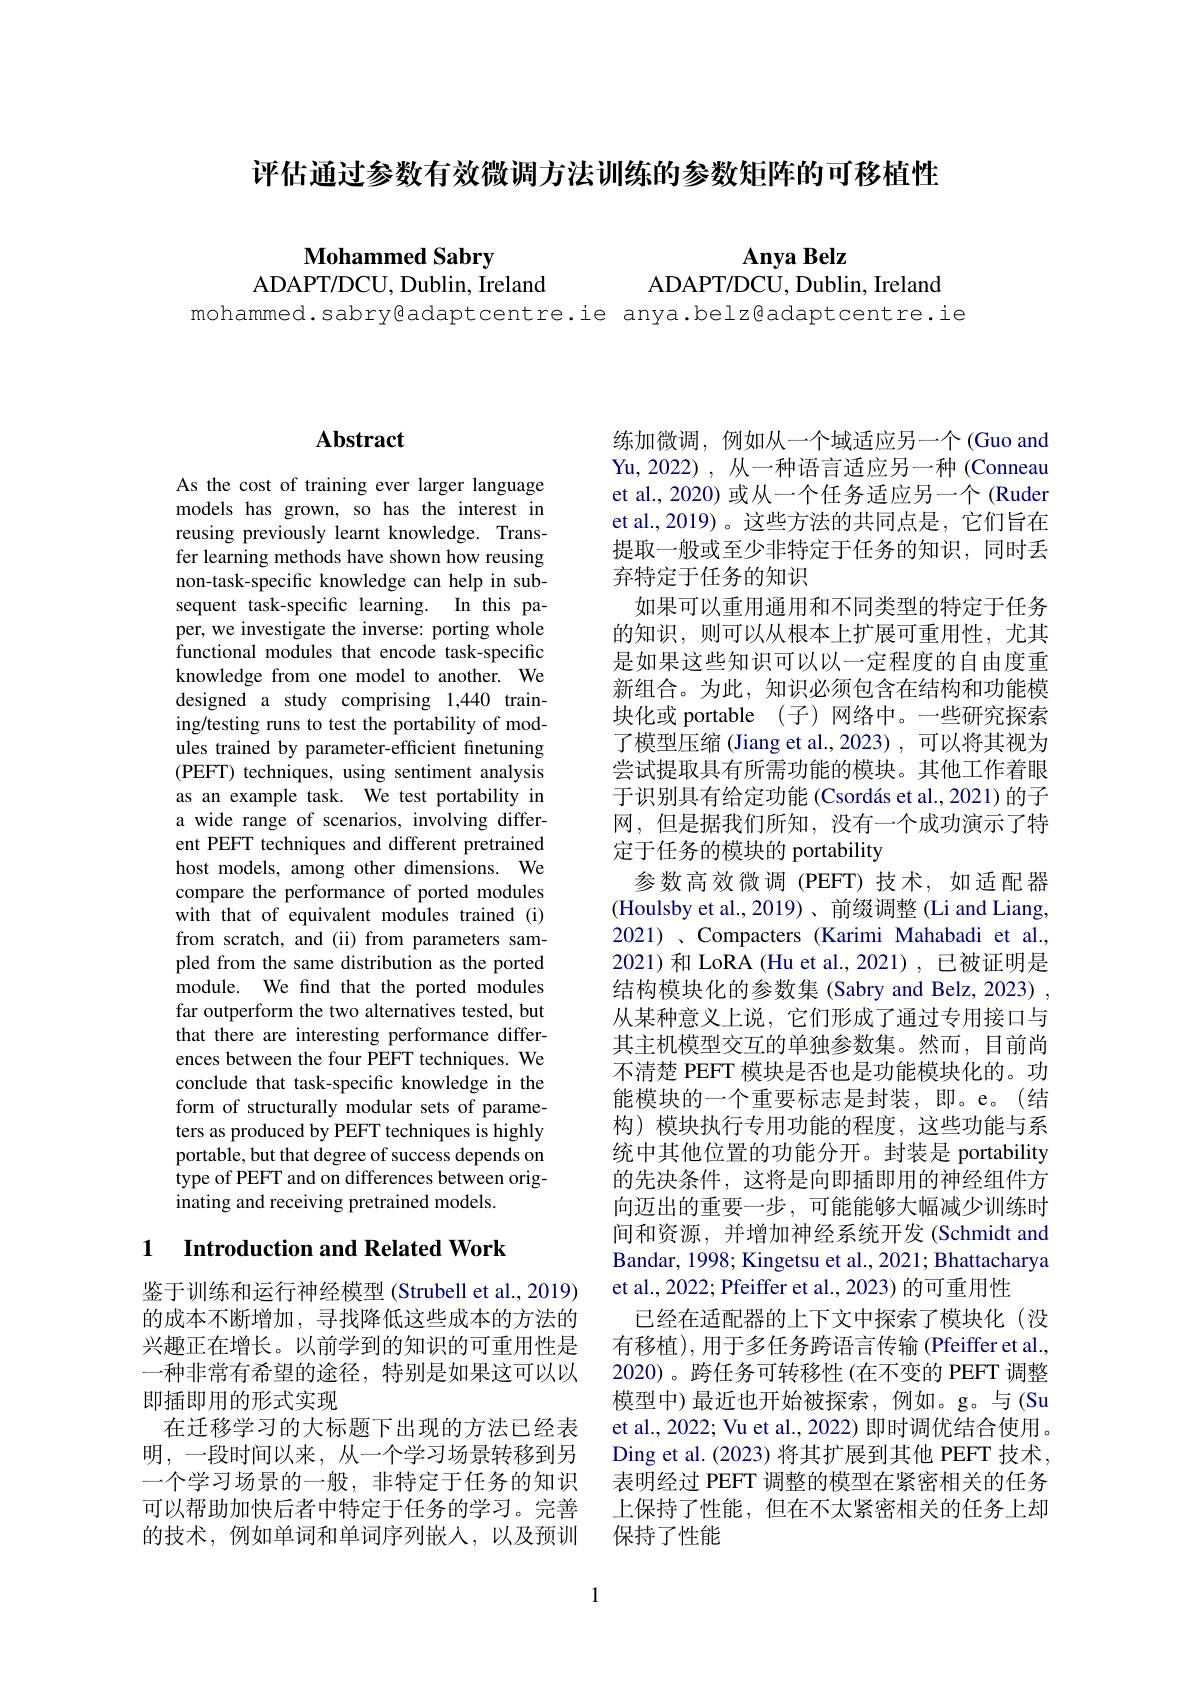
评估通过参数有效微调方法训练的参数矩阵的可移植性

Mohammed Sabry
ADAPT/ DCU, Dublin, Ireland

Anya Belz
ADAPT/ DCU, Dublin, Ireland
mohammed.sabry@adaptcentre.ie anya.belz@adaptcentre.ie

## Abstract

As the cost of training ever larger language models has grown, so has the interest in reusing previously learnt knowledge. Transfer learning methods have shown how reusing non-task-specific knowledge can help in subsequent task-specific learning. In this paper, we investigate the inverse: porting whole functional modules that encode task-specific knowledge from one model to another. We designed a study comprising 1,440 training/testing runs to test the portability of modules trained by parameter-efficient finetuning (PEFT) techniques, using sentiment analysis as an example task. We test portability in a wide range of scenarios, involving different PEFT techniques and different pretrained host models, among other dimensions. We compare the performance of ported modules with that of equivalent modules trained (i) from scratch, and (ii) from parameters sampled from the same distribution as the ported module. We find that the ported modules far outperform the two alternatives tested, but that there are interesting performance differences between the four PEFT techniques. We conclude that task-specific knowledge in the form of structurally modular sets of parameters as produced by PEFT techniques is highly portable, but that degree of success depends on type of PEFT and on differences between originating and receiving pretrained models.

### 1 Introduction and Related Work

鉴于训练和运行神经模型 (Strubell et al., 2019) 的成本不断增加，寻找降低这些成本的方法的兴趣正在增长。以前学到的知识的可重用性是一种非常有希望的途径，特别是如果这可以以即插即用的形式实现
在迁移学习的大标题下出现的方法已经表明，一段时间以来，从一个学习场景转移到另一个学习场景的一般，非特定于任务的知识可以帮助加快后者中特定于任务的学习。完善的技术，例如单词和单词序列嵌入，以及预训

练加微调，例如从一个域适应另一个(Guo and Yu,2022) , 从一种语言适应另一种 (Conneau et al., 2020) 或从一个任务适应另一个 (Ruder et al.,2019)。这些方法的共同点是，它们旨在提取一般或至少非特定于任务的知识，同时丢弃特定于任务的知识
如果可以重用通用和不同类型的特定于任务的知识，则可以从根本上扩展可重用性，尤其是如果这些知识可以以一定程度的自由度重新组合。为此，知识必须包含在结构和功能模块化或 portable (子)网络中。一些研究探索了模型压缩(Jiang et al.,2023),可以将其视为尝试提取具有所需功能的模块。其他工作着眼于识别具有给定功能 (Csordás et al., 2021) 的子网，但是据我们所知，没有一个成功演示了特定于任务的模块的 portability
参数高效微调(PEFT)技术，如适配器(Houlsby et al.,2019)、前缀调整 (Li and Liang, 2021)、Compacters (Karimi Mahabadi et al., 2021)和 LoRA (Hu et al.,2021), 已被证明是结构模块化的参数集 (Sabry and Belz, 2023) , 从某种意义上说，它们形成了通过专用接口与其主机模型交互的单独参数集。然而，目前尚不清楚 PEFT 模块是否也是功能模块化的。功能模块的一个重要标志是封装，即。e。(结构)模块执行专用功能的程度，这些功能与系统中其他位置的功能分开。封装是 portability 的先决条件，这将是向即插即用的神经组件方向迈出的重要一步，可能能够大幅减少训练时间和资源，并增加神经系统开发(Schmidt and Bandar, 1998; Kingetsu et al., 2021; Bhattacharya et al., 2022; Pfeiffer et al., 2023) 的可重用性
已经在适配器的上下文中探索了模块化(没有移植),用于多任务跨语言传输(Pfeiffer et al., 2020)。跨任务可转移性 (在不变的 PEFT 调整模型中)最近也开始被探索，例如。g。与(Su et al., 2022; Vu et al., 2022) 即时调优结合使用。Ding et al. (2023) 将其扩展到其他 PEFT 技术， 表明经过 PEFT 调整的模型在紧密相关的任务上保持了性能，但在不太紧密相关的任务上却保持了性能

1